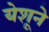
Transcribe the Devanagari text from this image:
येशूने